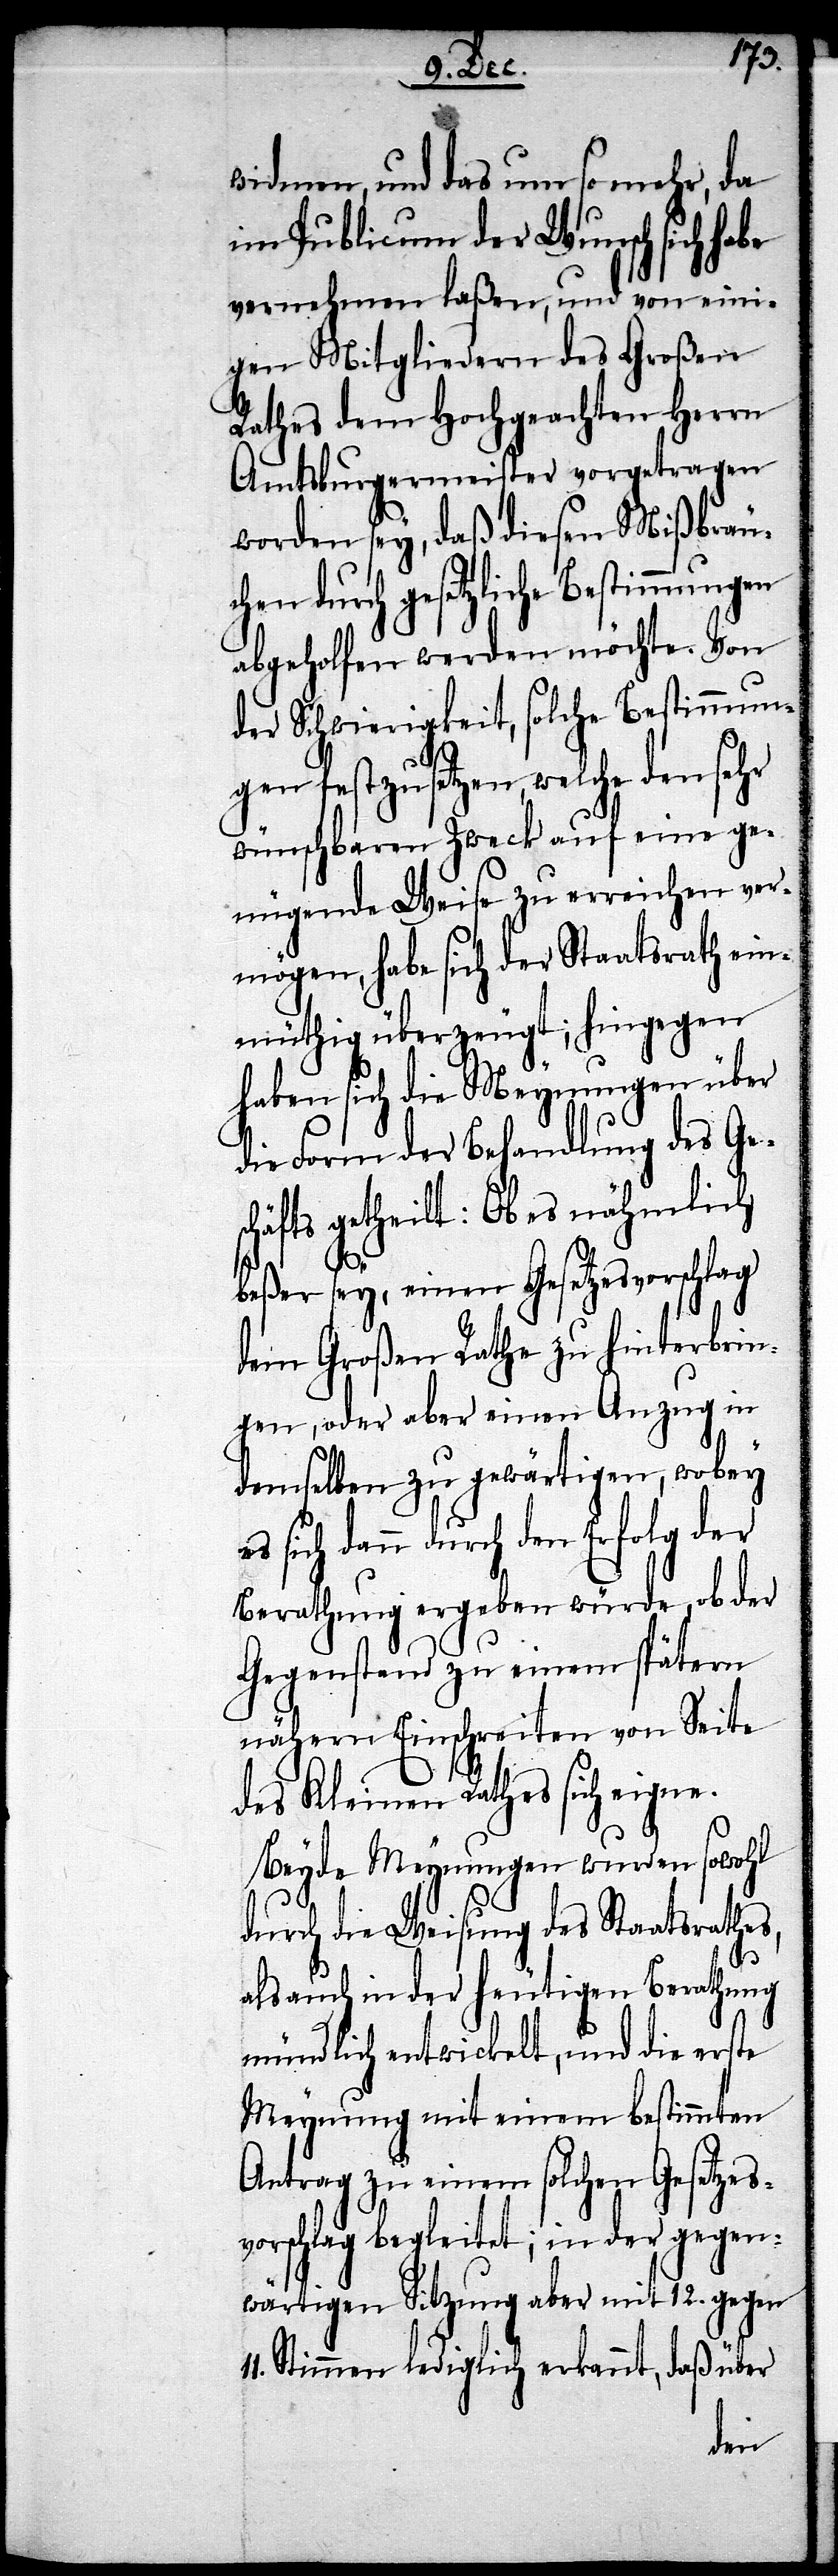
widmen, und das um so mehr, da
im Publicum der Wunsch sich habe
vernehmen laßen, und von eini¬
gen Mitgliedern des Großen
Rathes dem Hochgeachten Herrn
Amtsburgermeister vorgetragen
worden sey, daß diesen Mißbräuc¬
hen durch gesetzliche Bestimmungen
abgeholfen werden möchte. Von
der Schwierigkeit, solche Bestimmun¬
gen festzusetzen, welche den sehr
wünschbaren Zweck auf eine ge¬
nügende Weise zu erreichen ver¬
mögen, habe sich der Staatsrath ein¬
mühtig überzeugt; hingegen
haben sich die Meynungen über
die Form der Behandlung des Ges¬
chäfts getheilt: Ob nämlich
beßer sey, einen Gesetzesvorschlag
dem Großen Rathe zu hinterbrin¬
gen, oder aber einen Auszug in
demselben zu gewärtigen, wobey
sich dann durch den Erfolg der
Berathung ergeben würde, ob der
Gegenstand zu einem spätern
nähern Einschreiten von Seite
des Kleinen Rathes sich eigne.
Beyde Meynungen wurden, sowohl
durch die Weisung des Staatsrathes,
als auch in der heutigen Berathung
mündlich entwickelt, und die erste
Meynung mit einem bestimmten
Antrag zu einem solchen Geset¬
vorschlag begleitet; in der gegen¬
wärtigen Sitzung aber mit 12. gegen
11. Stimmen lediglich erkannt, daß über
zes¬